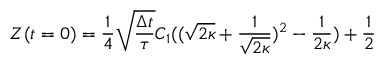
Z ( t = 0 ) = \frac { 1 } { 4 } \sqrt { \frac { \Delta t } { \tau } } C _ { 1 } ( ( \sqrt { 2 \kappa } + \frac { 1 } { \sqrt { 2 \kappa } } ) ^ { 2 } - \frac { 1 } { 2 \kappa } ) + \frac { 1 } { 2 }